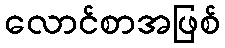
လောင်စာအဖြစ်